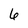
Character: 6